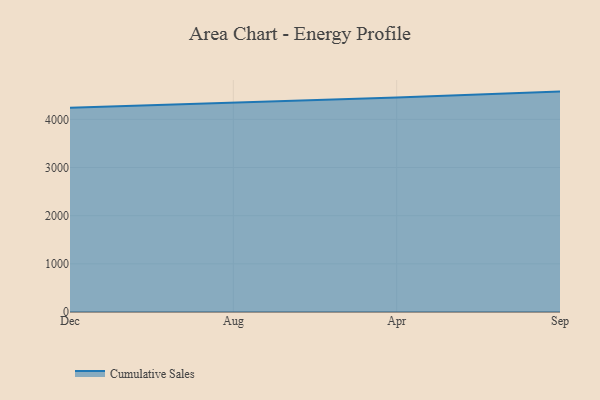
{"axis": {"x": "Month", "y": "Market Share (%)"}, "legend": ["Cumulative Sales"], "data": [{"x": "Dec", "y": 4240.2, "type": "Cumulative Sales"}, {"x": "Aug", "y": 4342.6, "type": "Cumulative Sales"}, {"x": "Apr", "y": 4455.5, "type": "Cumulative Sales"}, {"x": "Sep", "y": 4576.4, "type": "Cumulative Sales"}]}